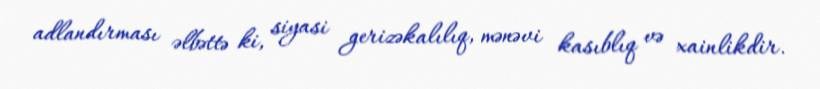
adlandırması əlbəttə ki, siyasi gerizəkalılıq, mənəvi kasıblıq və xainlikdir.